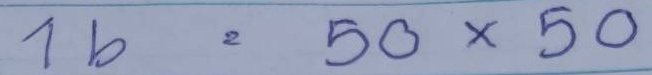
16 = 50 x 50